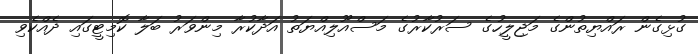
ގުޅިގެން ރައްޔިތުންގެ މަޖިލީހުގެ ސަރުކާރުގެ މަސްއޫލިއްޔަތު އަދާކުރާ މިންވަރު ބަލާ ކޮމިޓީގައި ދެއްކެވި